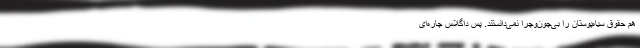
هم حقوق سیاه‌پوستان را بی‌چون‌وچرا نمی‌دانستند. پس داگلاس چاره‌ای